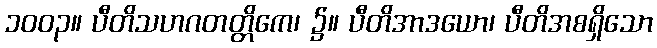
၁၀၀၃။ ပီတိသဟဂတတ္တိကေ၊ ၌။ ပီတိအာဒယော၊ ပီတိအစရှိသော